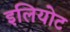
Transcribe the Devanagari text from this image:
इलियोट